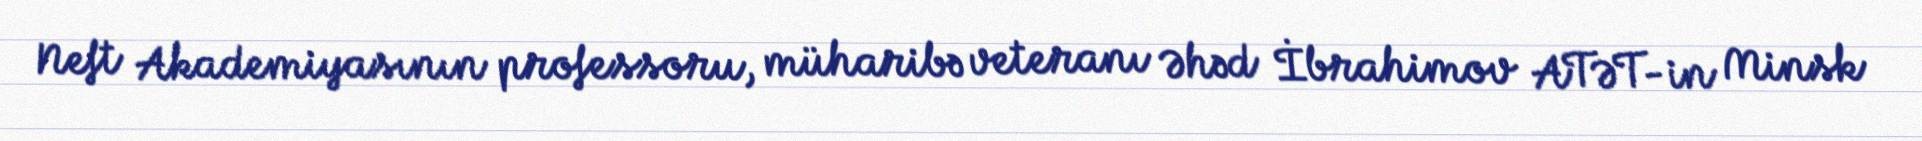
Neft Akademiyasının professoru, müharibə veteranı Əhəd İbrahimov ATƏT-in Minsk